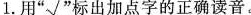
1.用”√”标出加点字的正确读音。